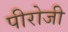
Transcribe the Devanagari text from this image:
पीरोजी